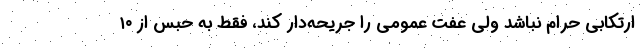
ارتکابی حرام نباشد ولی عفت عمومی را جریحه‌دار کند، فقط به حبس از ۱۰